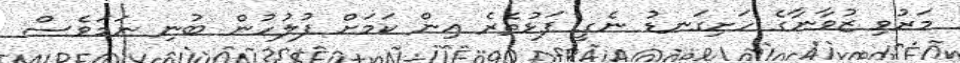
މަރުވި ޒުވާނާގެ ހަށިގަނޑު ނެގީ ފަޅުތެރެ އިން ކަމަށް ފުލުހުން ބުނި ނަމަވެސް